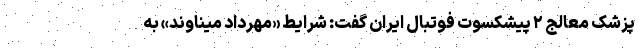
پزشک معالج ۲ پیشکسوت فوتبال ایران گفت: شرایط «مهرداد میناوند» به